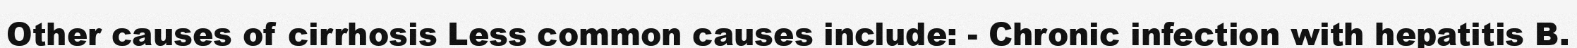
Other causes of cirrhosis Less common causes include: - Chronic infection with hepatitis B.